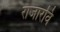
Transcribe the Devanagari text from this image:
राजारवि